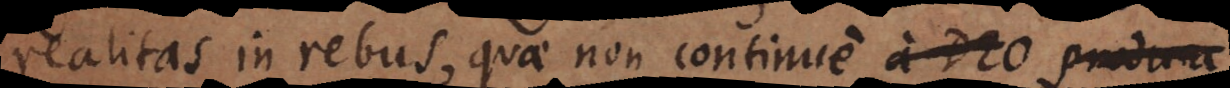
realitas in rebus, quae non continue a Deo produca